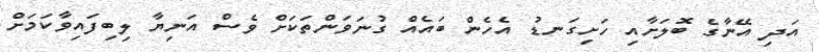
އަދި އޭނާގެ ބޮލަށާއި ހަށިގަނޑު އެހެން ބައެއް ގުނަވަަންތަކަށް ވެސް އަނިޔާ ލިބިފައިވާކަމަށް